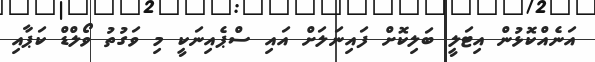
އަނެއްކޮޅުން އިޓަލީ ބަލިކޮށް ފައިނަލަށް އައި ސްޕެއިނަކީ މި ވަގުތު ވޯލްޑް ކަޕާއި